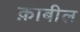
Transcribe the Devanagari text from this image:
क़ाबील